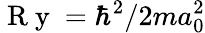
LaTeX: \mathrm{~R~y~}=\hbar^{2}/2ma_{0}^{2}